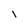
Character: l